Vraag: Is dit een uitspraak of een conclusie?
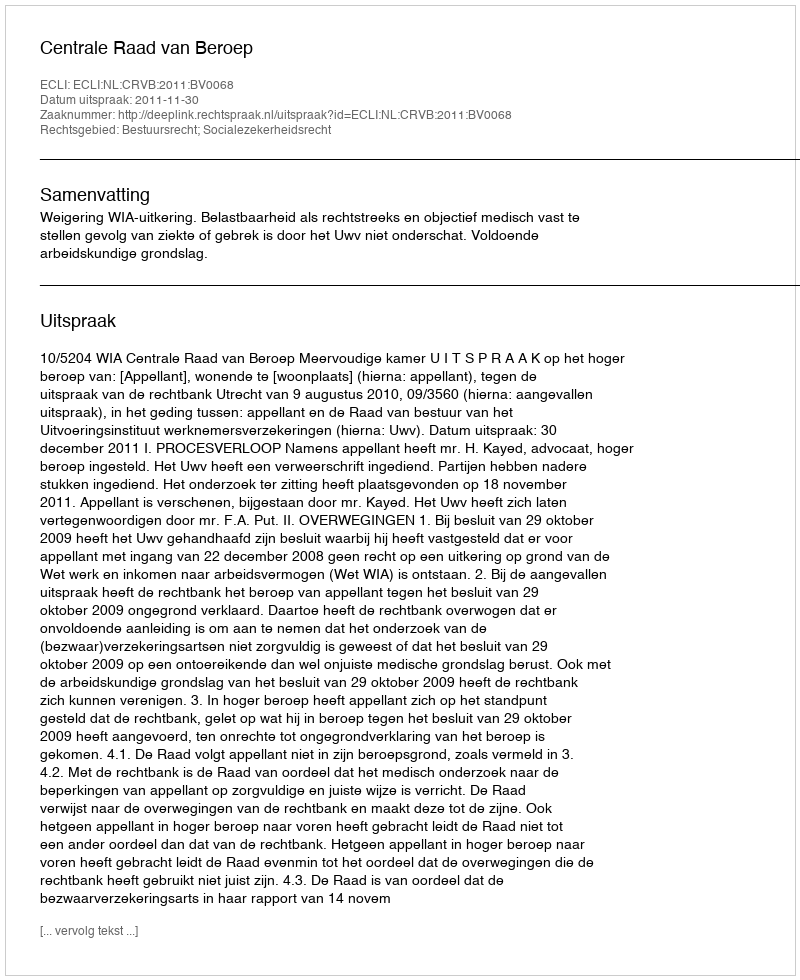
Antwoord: Uitspraak